Bombay plague: being a history of the progress of plague in the Bombay presidency from September 1896 to June 1899
Year: 1896
Disease focus: Plague
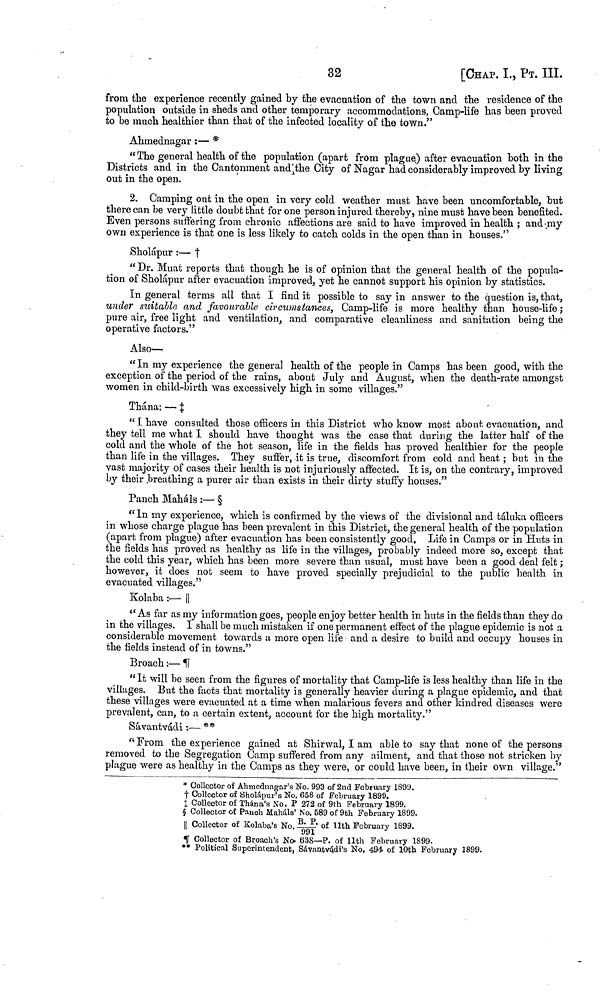
32
[CHAP. I., ΡT. III.
from the experience recently gained by the evacuation of the town and the residence of the
population outside in sheds and other temporary accommodations, Camp-life has been proved
to be much healthier than that of the infected locality of the town."
Ahmednagar :— *
"The general health of the population (apart from plague) after evacuation both in the
Districts and in the Cantonment and the City of Nagar had considerably improved by living
out in the open.
2. Camping out in the open in very cold weather must have been uncomfortable, but
there can be very little doubt that for one person injured thereby, nine must have been benefited.
Even persons suffering from chronic affections are said to have improved in health ; and my
own experience is that one is less likely to catch colds in the open than in houses."
Sholápur :— †
" Dr. Muat reports that though he is of opinion that the general health of the popula-
tion of Sholápur after evacuation improved, yet he cannot support his opinion by statistics.
In general terms all that I find it possible to say in answer to the question is, that,
under suitable and favourable circumstances, Camp-life is more healthy than house-life ;
pure air, free light and ventilation, and comparative cleanliness and sanitation being the
operative factors."
Also—
" In my experience the general health of the people in Camps has been good, with the
exception of the period of the rains, about July and August, when the death-rate amongst
women in child-birth was excessively high in some villages."
Thána: — ‡
"I have consulted those officers in this District who know most about evacuation, and
they tell me what I should have thought was the case that during the latter half of the
cold and the whole of the hot season, life in the fields has proved healthier for the people
than life in the villages. They suffer, it is true, discomfort from cold and heat ; but in the
vast majority of cases their health is not injuriously affected. It is, on the contrary, improved
by their breathing a purer air than exists in their dirty stuffy houses."
Panch Maháls :— §
"In my experience, which is confirmed by the views of the divisional and táluka officers
in whose charge plague has been prevalent in this District, the general health of the population
(apart from plague) after evacuation has been consistently good. Life in Camps or in Huts in
the fields has proved as healthy as life in the villages, probably indeed more so, except that
the cold this year, which has been more severe than usual, must have been a good deal felt ;
however, it does not seem to have proved specially prejudicial to the public health in
evacuated villages."
Kolaba :— ||
"As far as my information goes, people enjoy better health in huts in the fields than they do
in the villages. I shall be much mistaken if one permanent effect of the plague epidemic is not a
considerable movement towards a more open Hie and a desire to build and occupy houses in
the fields instead of in towns."
Broach :— ****
"It will be seen from the figures of mortality that Camp-life is less healthy than life in the
villages. But the facts that mortality is generally heavier during a plague epidemic, and that
these villages were evacuated at a time when malarious fevers and other kindred diseases were
prevalent, can, to a certain extent, account for the high mortality."
Sávantvádi:— **
" From the experience gained at Shirwal, I am able to say that none of the persons
removed to the Segregation Camp suffered from any ailment, and that those not stricken by
plague were as healthy in the Camps as they were, or could have been, in their own village."
* Collector of Ahmednagar's No. 993 of 2nd February 1899.
† Collector of Sholápur's No. 658 of February 1899.
‡ Collector of Thána's No. P 272 of 9th February 1899.
§ Collector of Pauch Maháls' No. 589 of 9th February 1899.
*** Collector of Kolaba's No. B. P./991 of 11th February 1899.
**** Collector of Broach's No. 638—P. of 11th February 1899.
** Political Superintendent, Sávantvádi's No. 494 of 10th February 1899.